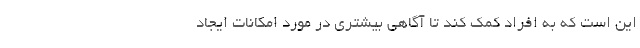
این است که به افراد کمک کند تا آگاهی بیشتری در مورد امکانات ایجاد